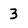
Character: 3